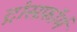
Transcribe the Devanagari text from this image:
ट्रांसफ़ॉर्म